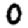
Digit: 0